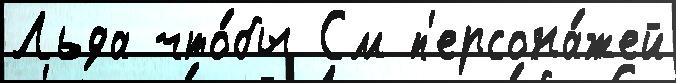
Льда что́бы См п'ерсона́жей